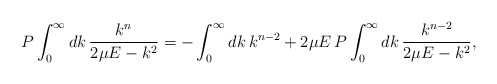
\begin{align*}P\int_0^\infty dk \, \frac{k^{n}}{2 \mu E - k^2}=-\int_0^\infty dk \,k^{n-2} + 2 \mu E \, P \int_0^\infty dk \, \frac{k^{n-2}}{2 \mu E -k^2},\end{align*}